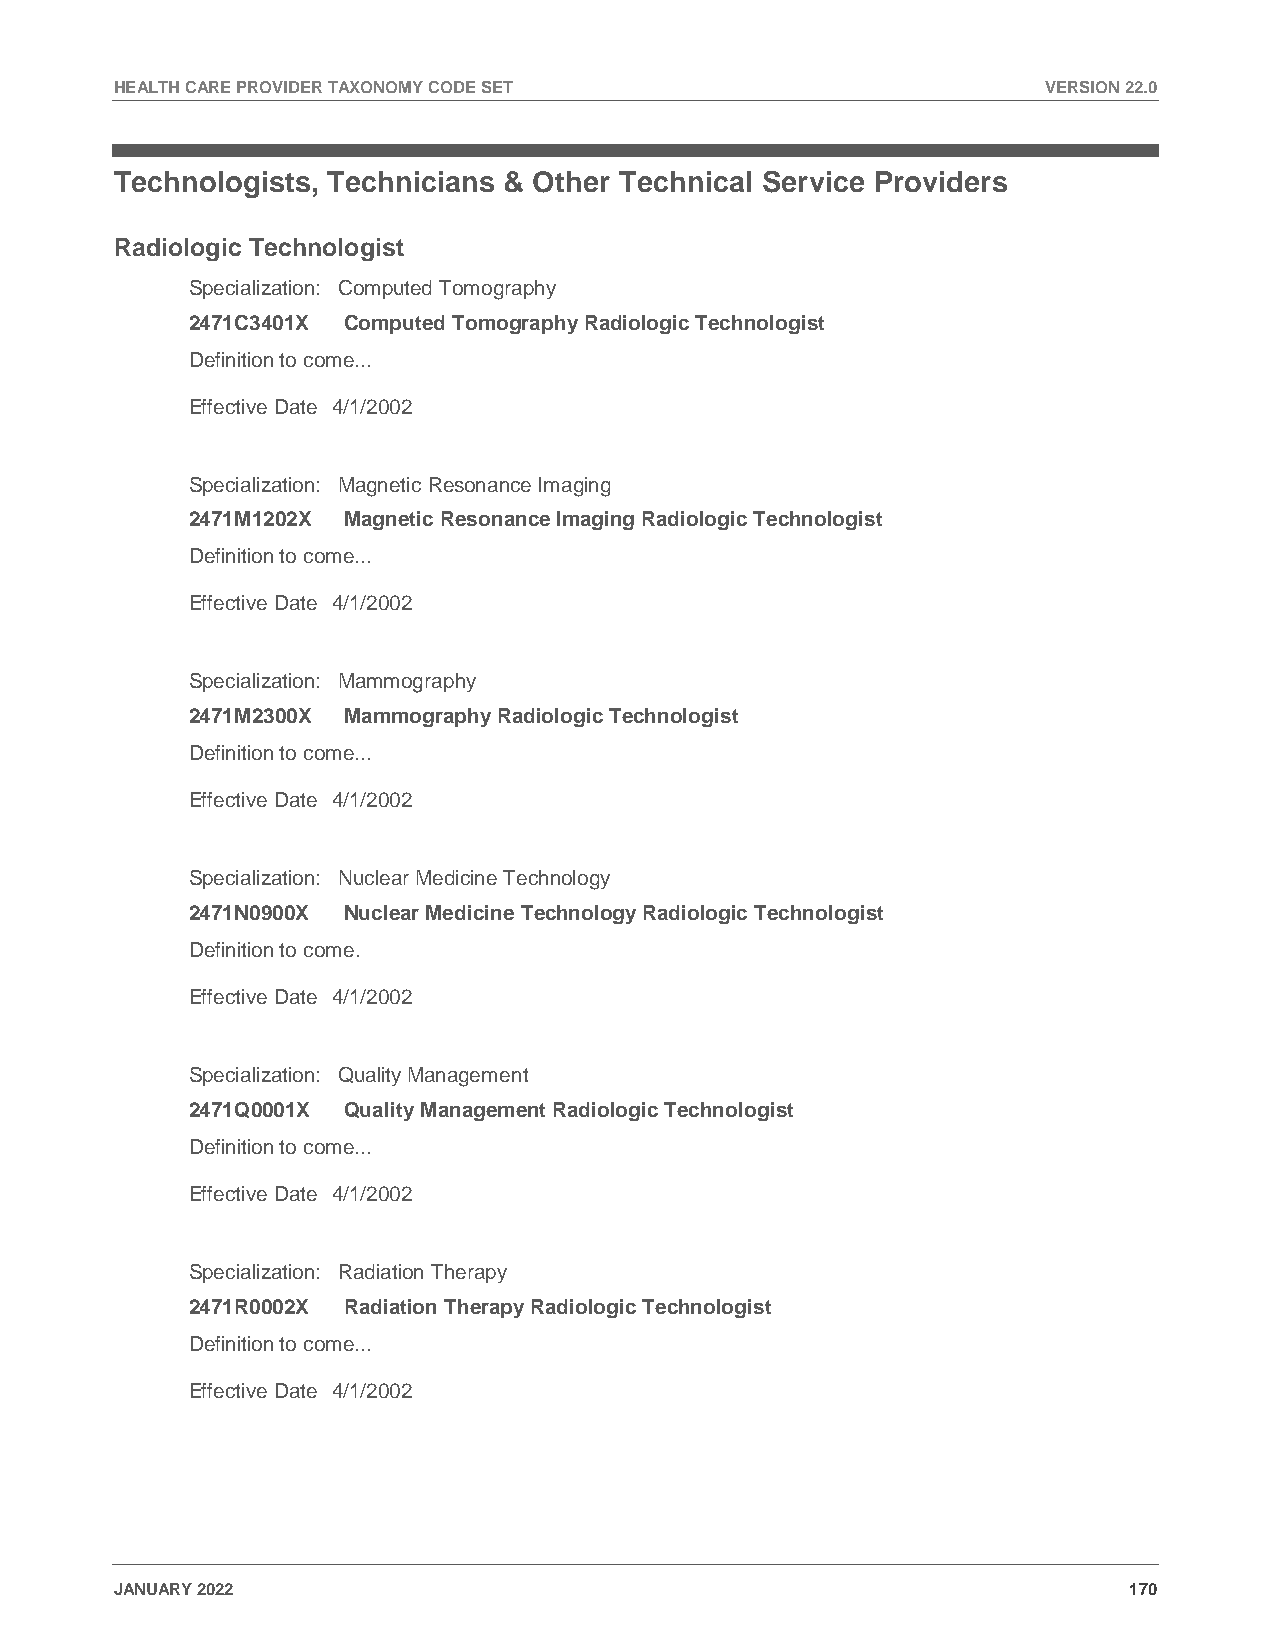
HEALTH CARE PROVIDER TAXONOMY CODE SET                       VERSION 22.0
 Technologists, Technicians & Other Technical Service Providers
 Radiologic Technologist
 Specialization: Computed Tomography
 2471C3401X Computed Tomography Radiologic Technologist
 Definition to come...
 Effective Date 4/1/2002
 Specialization: Magnetic Resonance Imaging
 2471M1202X Magnetic Resonance Imaging Radiologic Technologist
 Definition to come...
 Effective Date 4/1/2002
 Specialization: Mammography
 2471M2300X Mammography Radiologic Technologist
 Definition to come...
 Effective Date 4/1/2002
 Specialization: Nuclear Medicine Technology
 2471N0900X Nuclear Medicine Technology Radiologic Technologist
 Definition to come.
 Effective Date 4/1/2002
 Specialization: Quality Management
 2471Q0001X Quality Management Radiologic Technologist
 Definition to come...
 Effective Date 4/1/2002
 Specialization: Radiation Therapy
 2471R0002X Radiation Therapy Radiologic Technologist
 Definition to come...
 Effective Date 4/1/2002
 JANUARY 2022                                                       170